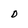
Character: D